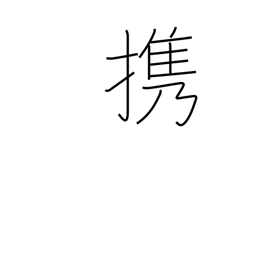
Meaning: carry (in hand)